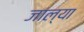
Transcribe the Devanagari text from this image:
जाल्या